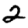
Digit: 2